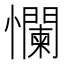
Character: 㦨